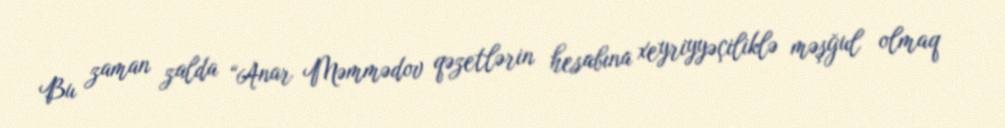
Bu zaman zalda “Anar Məmmədov qəzetlərin hesabına xeyriyyəçiliklə məşğul olmaq